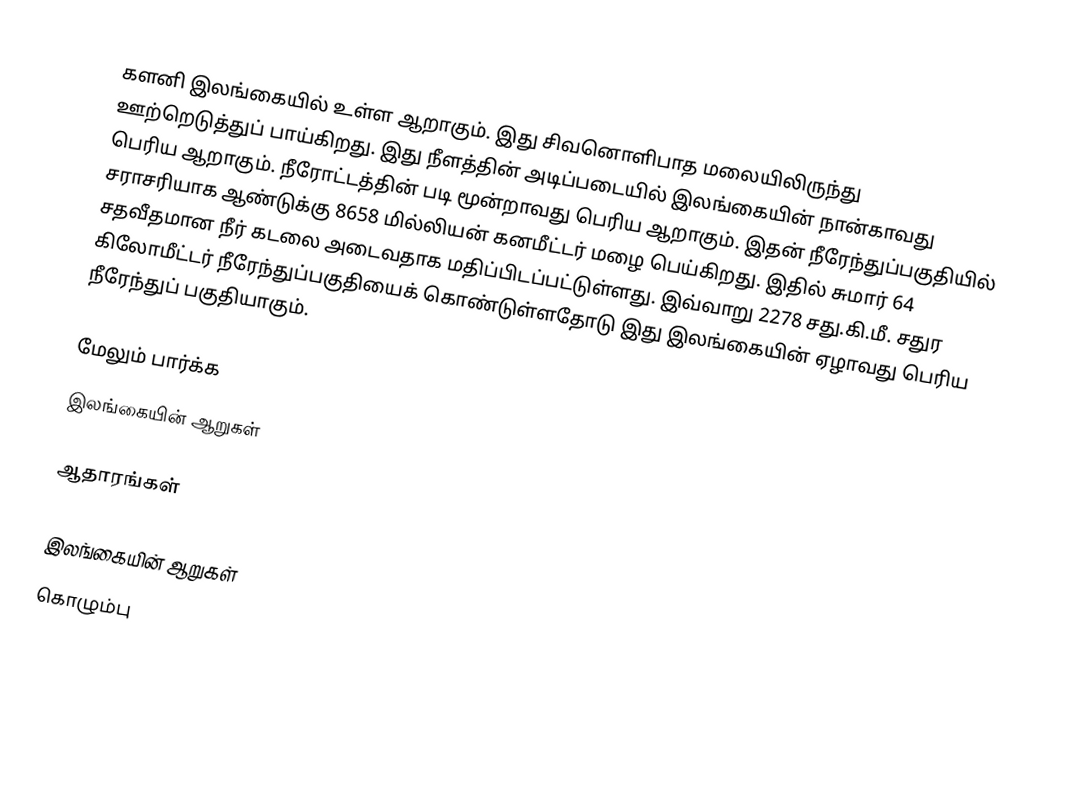
களனி இலங்கையில் உள்ள ஆறாகும். இது சிவனொளிபாத மலையிலிருந்து ஊற்றெடுத்துப் பாய்கிறது. இது நீளத்தின் அடிப்படையில் இலங்கையின் நான்காவது பெரிய ஆறாகும். நீரோட்டத்தின் படி மூன்றாவது பெரிய ஆறாகும். இதன் நீரேந்துப்பகுதியில் சராசரியாக ஆண்டுக்கு 8658 மில்லியன் கனமீட்டர் மழை பெய்கிறது. இதில் சுமார் 64 சதவீதமான நீர் கடலை அடைவதாக மதிப்பிடப்பட்டுள்ளது. இவ்வாறு 2278 சது.கி.மீ. சதுர கிலோமீட்டர் நீரேந்துப்பகுதியைக் கொண்டுள்ளதோடு இது இலங்கையின் ஏழாவது பெரிய நீரேந்துப் பகுதியாகும்.

மேலும் பார்க்க
 இலங்கையின் ஆறுகள்

ஆதாரங்கள்

இலங்கையின் ஆறுகள்
கொழும்பு